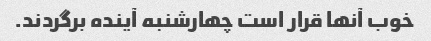
خوب آنها قرار است چهارشنبه آینده برگردند.